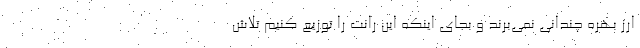
ارز بهره چندانی نمی‌برند و بجای اینکه این رانت را توزیع کنیم تلاش